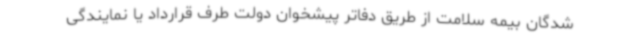
شدگان بیمه سلامت از طریق دفاتر پیشخوان دولت طرف قرارداد یا نمایندگی